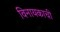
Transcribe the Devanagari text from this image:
विनायकाची